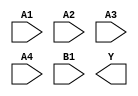
module sky130_fd_sc_lp__o41ai (
    //# {{data|Data Signals}}
    input  A1,
    input  A2,
    input  A3,
    input  A4,
    input  B1,
    output Y
);

    // Voltage supply signals
    supply1 VPWR;
    supply0 VGND;
    supply1 VPB ;
    supply0 VNB ;

endmodule